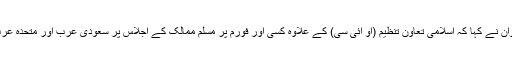
ترک خبر رساں ادارے، ’ڈیلی صباح‘ کے مطابق طیب ایردوان نے کہا کہ اسلامی تعاون تنظیم (او آئی سی) کے علاوہ کسی اور فورم پر مسلم ممالک کے اجلاس پر سعودی عرب اور متحدہ عرب امارات کی جانب سے ہمیشہ رکاوٹیں ڈالی جاتی رہی ہیں۔